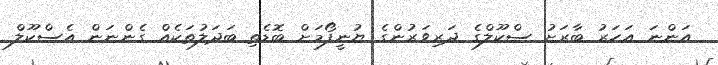
އަންނަ އަހަރު ބާރަށު ސްކޫލްގެ ދަރިވަރުންގެ ޔުނީފޯމަށް ބޮޑެތި ބަދަލުތަކެއް ގެންނަން އެސްކޫލް